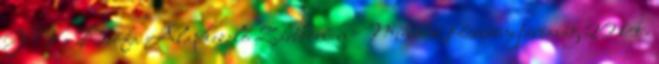
Y V a Diófa Alapkezelő Zártkörűen Működő Részvénytársaság 2014.